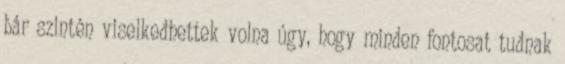
bár szintén viselkedhettek volna úgy, hogy minden fontosat tudnak